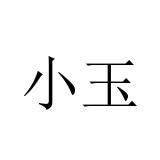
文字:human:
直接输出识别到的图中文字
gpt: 小玉